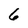
Character: 6